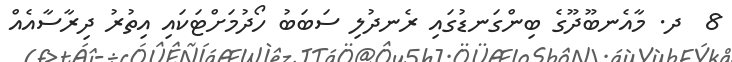
8  ދ. މާއެނބޫދޫގެ ބިންގަނޑުގައި ރެނދުލި ސަބަބު ހޯދުމަށްޓަކައި އިތުރު ދިރާސާއެއް